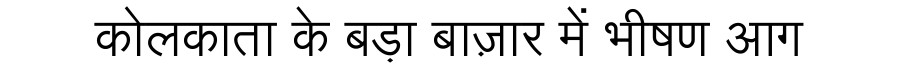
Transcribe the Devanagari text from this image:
कोलकाता के बड़ा बाज़ार में भीषण आग